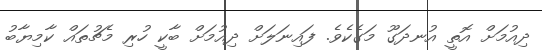
ދިއުމަށް އޮތީ އުނދަގޫ މަގެކެވެ. ފައިނަލަށް ދިއުމަށް ބާކީ ހުރި މެޗުތައް ކާމިޔާބު